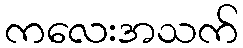
ကလေးအသက်